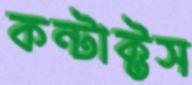
কন্টাক্টস